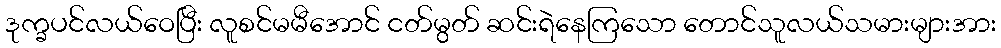
ဒုက္ခပင်လယ်ဝေပြီး လူစင်မမီအောင် ငတ်မွတ် ဆင်းရဲနေကြသော တောင်သူလယ်သမားများအား